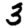
Digit: 3